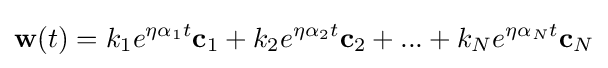
\mathbf {w} (t)=k_{1}e^{\eta \alpha _{1}t}\mathbf {c} _{1}+k_{2}e^{\eta \alpha _{2}t}\mathbf {c} _{2}+...+k_{N}e^{\eta \alpha _{N}t}\mathbf {c} _{N}